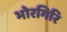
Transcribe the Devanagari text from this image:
भोरगिरि